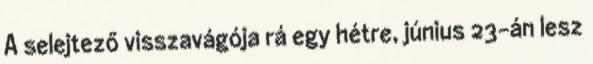
A selejtező visszavágója rá egy hétre, június 23-án lesz